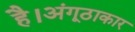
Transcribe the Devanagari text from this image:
है।अंगूठाकार